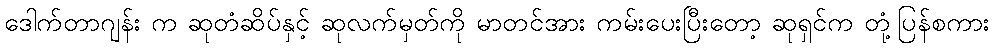
ဒေါက်တာဂျန်း က ဆုတံဆိပ်နှင့် ဆုလက်မှတ်ကို မာတင်အား ကမ်းပေးပြီးတော့ ဆုရှင်က တုံ့ပြန်စကား